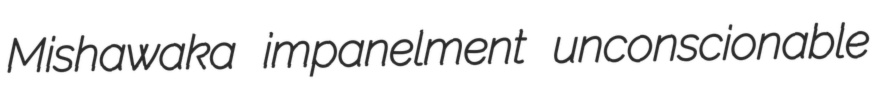
Mishawaka impanelment unconscionable